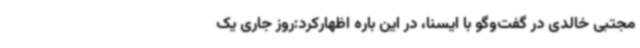
مجتبی خالدی در گفت‌وگو با ایسنا، در این باره اظهارکرد:روز جاری یک